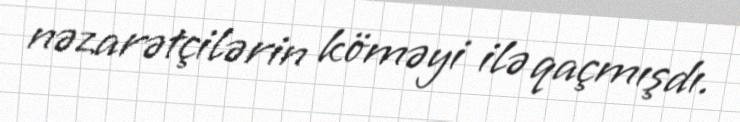
nəzarətçilərin köməyi ilə qaçmışdı.